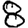
Digit: 8